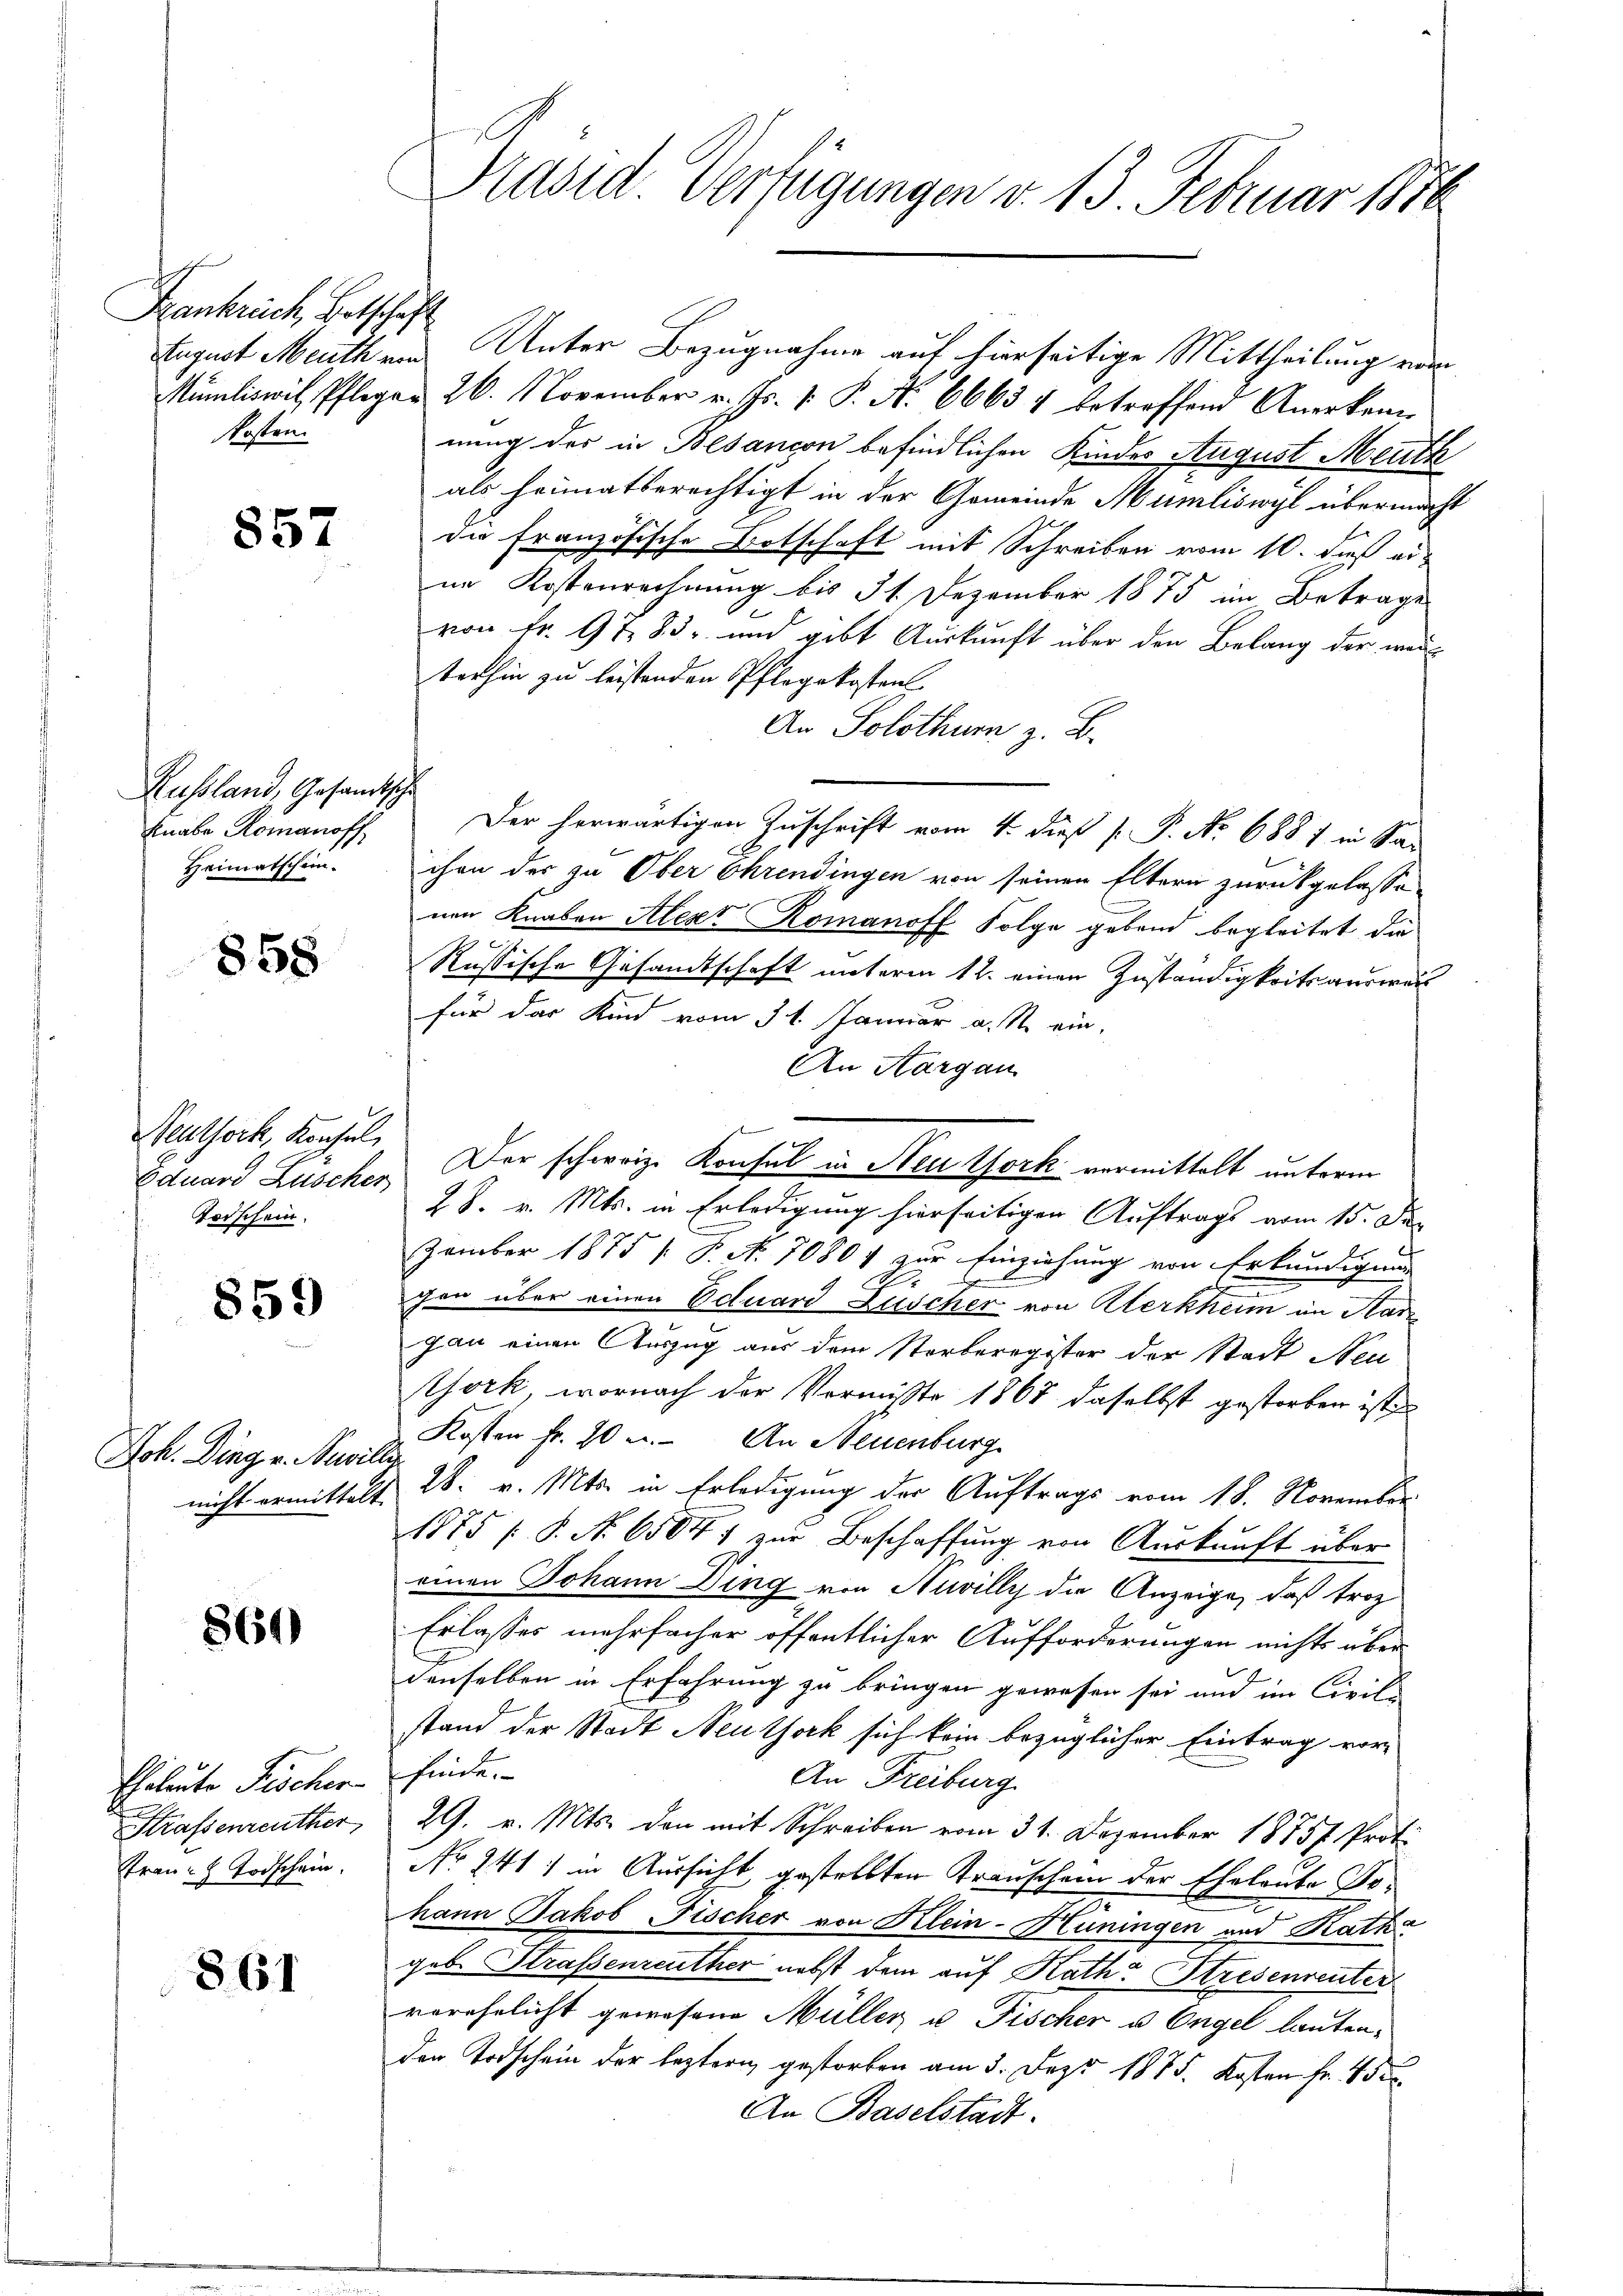
Frankreich, Botschaft
Kosten.

857

Russland, Gesandtsche
Knabe Romanoff
Heimatschein.

858

Neuthock, Konsul
Eduard Lüscher
Torschein.

859

Joh. Ding v. Savi
nicht ermitter

861)

Eheleute Fischer
Strafsenreuther
Frau - Todschein.

861

Stugust Meuth und Unter Bezugnahme auf hierseitige Mittheilung vom
Mümliswil, Pflegen 26. November v. Js. v. P. Nr. 66634 betroffend Anerkenn
nung des in Besançon befindlichen Kindes August Meuth
als heimatberechtigt in der Gemeinde Mumliswyl übermacht
die französische Botschaft mit Schreiben vom 10. daß eiim Kostenrechnung bis 31. Dezember 1875 im Betrage
von fr. 9183, und gibt Auskunft über den Belang der werterhin zu leistenden Pflegekosten
An Solothurn z. B.
Der herwärtigen Zuschrift vom 4. dieß P. P. No 688 f in Sac
chen der zu Ober Ehrendingen von seinen Eltern zurückgelasse
nen Knaben Alex Romanoff Folge gebend begleitet die
Russische Gesandtschaft unterm 12. einen Zuständigkeits ausweis
für das Kind vom 31. Januar a. M. ein¬
An Aargau
Der schweiz. Konsul in Steu York vermittelt unterm
28. v. Mts. in Erledigung hierseitigen Auftrags vom 15. Der
zember 1875 1 S. N. 70804 zur Einziehung von Erkundigung
180
gen über einen Actuard Zuscher von Sterkheim im Stan
gau einen Auszug aus dem Sterberegister der Stadt Neu
York, wornach der Vermißte 1867 daselbst gestorben ist
Kosten Fr. 20 u. An Neuenburg
Ae
Z 28. v. Mts. in Erledigung der Auftrags vom 18. November.
1875 (§. No 65847 zur Beschaffung von Auskunft über
einen Johann Ding von Nuvilly die Anzeige, daß troz
Erlasses mehrfacher öffentlicher Aufforderungen nichts über
4
denselben in Erfahrung zu bringen gewesen sei und im Civil-
stand der Stadt Neuthork sich kein bezüglicher Eintrag vorfinde.
An Freiburg
29. v. Mts. den mit Schreiben vom 31. Dezember 18757 Prot.
Nr. 241 : in Aussicht gestellten Trauschem der Eheleute Tohann Jakob Fischer von Klein-Hüningen und Rath
geb. Strafsenreuther nebst dem auf Rath Stresenrenter
verehelicht gewesene Müller u Fischer u. Engel lauten,
den Todschein der leztern gestorben am 3. Dez. 1875. Kosten Fr. 45 x
An Baselstadt.

Präsid. Verfügungen v. 13. Februar 1888